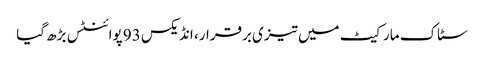
سٹاک مارکیٹ میں تیزی برقرار، انڈیکس 93 پوائنٹس بڑھ گیا